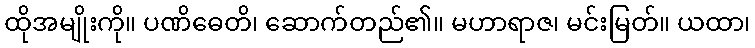
ထိုအမျိုးကို။ ပဏိဓေတိ၊ ဆောက်တည်၏။ မဟာရာဇ၊ မင်းမြတ်။ ယထာ၊